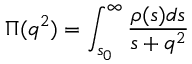
\Pi ( q ^ { 2 } ) = \int _ { s _ { 0 } } ^ { \infty } \frac { \rho ( s ) d s } { s + q ^ { 2 } }